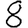
Digit: 8